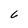
Character: 6